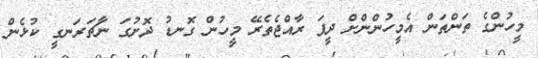
މީހުންގެ ތަންތަން އެމީހުންންށް ދީފަ ރާއްޖެތެރޭ މީހުން ގޮނޑު ދޮށުގަ ނާޗަރަނގީ ކުޅެން